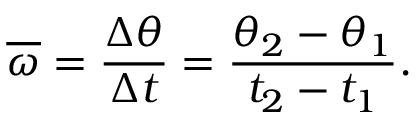
{ \overline { { \omega } } } = { \frac { \Delta \theta } { \Delta t } } = { \frac { \theta _ { 2 } - \theta _ { 1 } } { t _ { 2 } - t _ { 1 } } } .